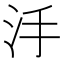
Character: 𣲬